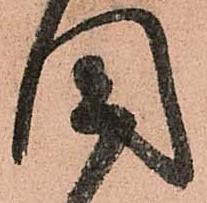
國